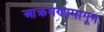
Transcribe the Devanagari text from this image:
आक्रमणामागून